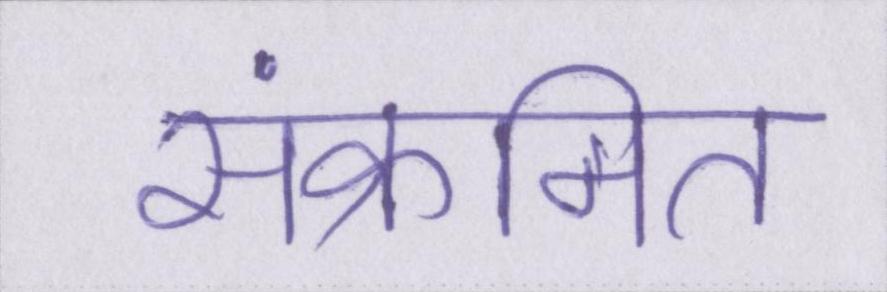
संक्रमित